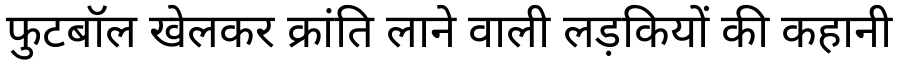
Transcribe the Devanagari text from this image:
फुटबॉल खेलकर क्रांति लाने वाली लड़कियों की कहानी